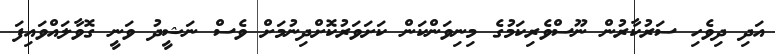
އަދި ދިވެހި ސަރުކާރުން ނޫސްވެރިކަމުގެ މިނިވަންކަން ކަށަވަރުކޮށްދިނުމަށް ވެސް ނަޝީދު ވަނީ ގޮވާލައްވައިފަ